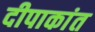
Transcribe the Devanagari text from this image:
दीपाकांत